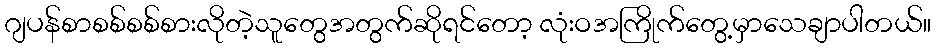
ဂျပန်စာစစ်စစ်စားလိုတဲ့သူတွေအတွက်ဆိုရင်တော့ လုံးဝအကြိုက်တွေ့မှာသေချာပါတယ်။